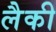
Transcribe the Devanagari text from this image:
लैकी